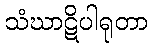
သံဃာဋိပါရုတာ